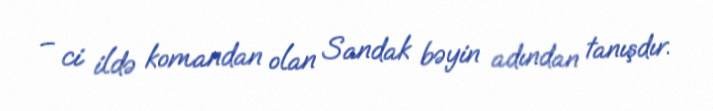
– ci ildə komandan olan Sandak bəyin adından tanışdır.